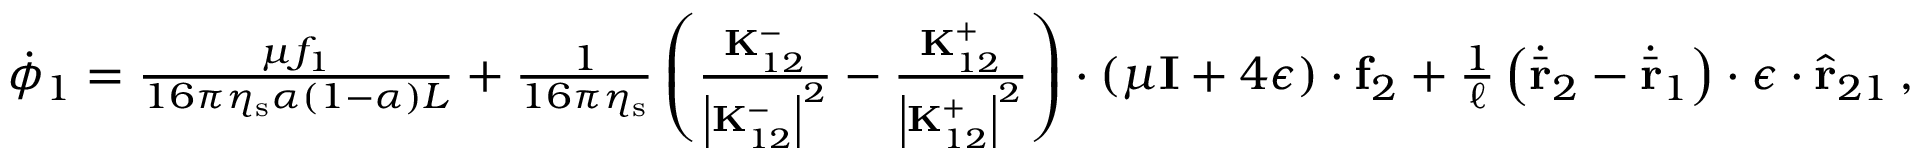
\begin{array} { r } { \dot { \phi } _ { 1 } = \frac { \mu f _ { 1 } } { 1 6 \pi \eta _ { \mathrm { s } } \alpha ( 1 - \alpha ) L } + \frac { 1 } { 1 6 \pi \eta _ { \mathrm { s } } } \left( \frac { \mathbf { K } _ { 1 2 } ^ { - } } { \left| \mathbf { K } _ { 1 2 } ^ { - } \right| ^ { 2 } } - \frac { \mathbf { K } _ { 1 2 } ^ { + } } { \left| \mathbf { K } _ { 1 2 } ^ { + } \right| ^ { 2 } } \right) \cdot \left( \mu \mathbf { I } + 4 \boldsymbol { \epsilon } \right) \cdot \mathbf { f } _ { 2 } + \frac { 1 } { \ell } \left( \dot { \bar { \mathbf { r } } } _ { 2 } - \dot { \bar { \mathbf { r } } } _ { 1 } \right) \cdot \boldsymbol { \epsilon } \cdot \hat { \mathbf { r } } _ { 2 1 } \, , } \end{array}